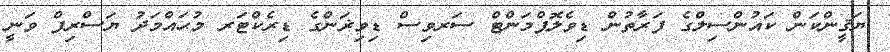
ޔަޤީންކަން ކައުންސިލްގެ ފަރާތުން ޑިވެލޮޕްމަންޓް ސަރވިސް ޑިވިޜަންގެ ޑިރެކްޓަރ މުޙައްމަދު ޔަސްރިފް ވަނީ